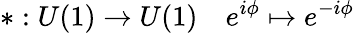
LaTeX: *:U(1)\to U(1)\quad e^{i\phi}\mapsto e^{-i\phi}